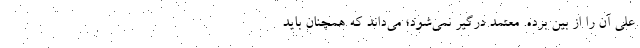
علی آن را از بین برده. معتمد درگیر نمی‌شود؛ می‌داند که همچنان باید